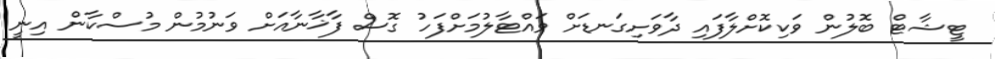
ޓީޝާޓް ބޮލުން ވަކިކޮށްލާފައި ދާވަށިގަނޑަށް ވައްޓާލުމަށްފަހު ގޮސް ފާޚާނާއަށް ވަނުމުން މުސްކާން އިނީ